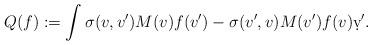
LaTeX: \begin{align*} Q ( f) : = \int \sigma ( v, v') M( v) f ( v') - \sigma ( v', v) M( v') f ( v) \d v' .\end{align*}